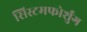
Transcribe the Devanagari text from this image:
सिस्टमफोर्शुंग